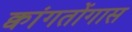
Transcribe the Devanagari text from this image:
क्वांगतोंगास